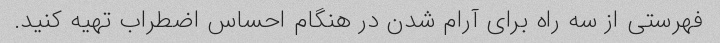
فهرستی از سه راه برای آرام شدن در هنگام احساس اضطراب تهیه کنید.